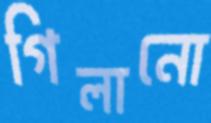
গিলানো